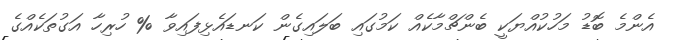
އެންމެ ބޮޑު މަހުކުއްޔަކީ ބެންޗްމާކެއް ކަމުގައި ބަލައިގެން ކަނޑައެޅިފައިވާ % ހުރިހާ އަގުތަކެއްގެ